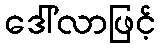
ဒေါ်လာဖြင့်